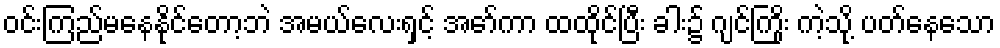
ဝင်းကြည်မနေနိုင်တော့ဘဲ အမယ်လေးရှင့် အော်ကာ ထထိုင်ပြီး ခါး၌ ဂျင်ကြိုး ကဲ့သို့ ပတ်နေသော